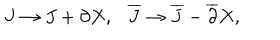
J \to J + \partial X , \ \ \ { \overline { { J } } } \to { \overline { { J } } } - { \overline { { \partial } } } X ,